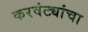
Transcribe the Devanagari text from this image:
करवंट्यांचा